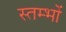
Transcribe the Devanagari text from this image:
स्‍तम्‍भों